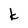
Character: k